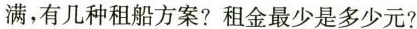
满，有几种租船方案？租金最少是多少元？